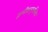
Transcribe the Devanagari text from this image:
द्वात्रींशत्पुत्तलिका